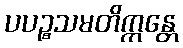
ပပဉ္စသမတိက္ကန္တေ